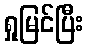
ရှုမြင်ပြီး